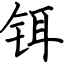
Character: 铒